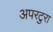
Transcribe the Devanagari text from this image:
अपरटुरा